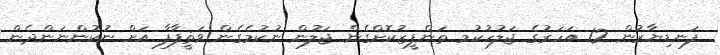
ފަނޑިޔާރުން 12 އަހަރުގެ ޖަލުހުކުމ ތަންފީޒުކޮށްގެން ޖަލުން ނުކުމެގެން ވަޡީފާފާ އަށް ނުކުންނަންދެން